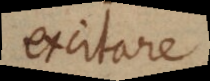
excitare